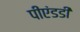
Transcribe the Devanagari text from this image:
पीएंडडी